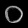
Digit: ၀